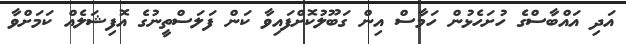
އަދި އައްބާސްގެ ހުށަހެޅުން ހަމާސް އިން ގަބޫލުކޮށްފައިވާ ކަން ފަލަސްތީނުގެ އޮފިޝަލެއް ކަމަށްވާ